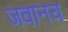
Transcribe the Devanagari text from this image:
जवानच